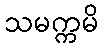
သမက္ကမိ